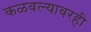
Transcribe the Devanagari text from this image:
कळवल्यावरही